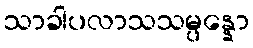
သာခါပလာသသမ္ပန္နော